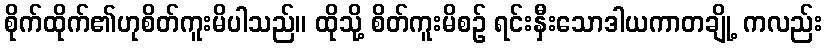
စိုက်ထိုက်၏ဟုစိတ်ကူးမိပါသည်။ ထိုသို့ စိတ်ကူးမိစဉ် ရင်းနှီးသောဒါယကာတချို့ ကလည်း